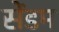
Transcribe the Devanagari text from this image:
सेंडम